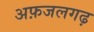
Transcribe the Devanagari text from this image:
अफ़जलगढ़